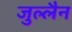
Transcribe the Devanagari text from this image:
जुल्लैन